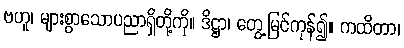
ဗဟူ၊ များစွာသောပညာရှိတို့ကို။ ဒိဋ္ဌာ၊ တွေ့မြင်ကုန်၍။ ကထိတာ၊